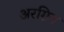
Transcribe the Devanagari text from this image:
अरग़िन